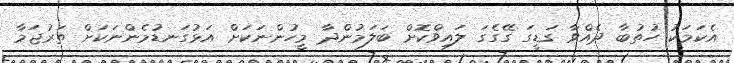
އެކަމަކު ހުތުބާ ދެއްވާ ގަޑީގަ ގޭގެގަ ލައިވްކޮށް ބަލަމުންދާ މީހުންނަކަށް އަޅުގަނޑުމެންނަކަށް ތަރުޖަމާ